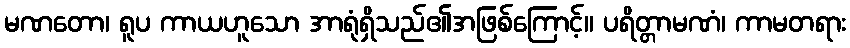
မဏတော၊ ရူပ ကာယဟူသော အာရုံရှိသည်၏အဖြစ်ကြောင့်။ ပရိတ္တာမဏံ၊ ကာမတရား